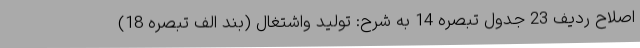
اصلاح ردیف 23 جدول تبصره 14 به شرح: تولید واشتغال (بند الف تبصره 18)